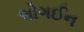
લોગઈન